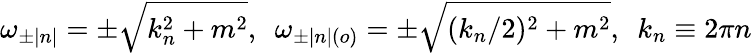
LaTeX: \omega_{\pm|n|}=\pm\sqrt{k_{n}^{2}+m^{2}},\, \, \, \omega_{\pm|n|(o)}=\pm\sqrt{(k_{n}/2)^{2}+m^{2}},\, \, \, k_{n}\equiv 2\pi n